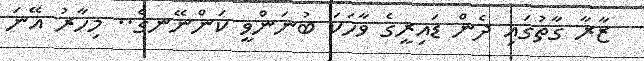
ޒާރާ ގާތުގައި ދެން ޑައިރީގެ ވާހަކަ ބުނަންވީ ކަންނޭނގެ.. މިހާރު އޭނަ